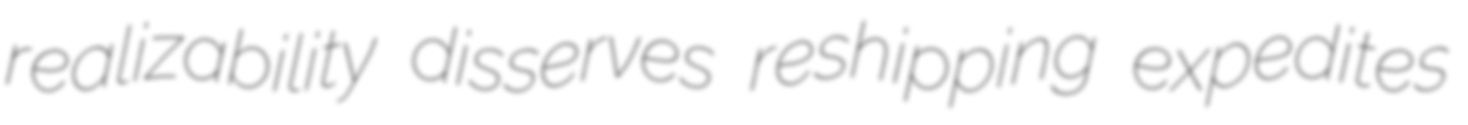
realizability disserves reshipping expedites